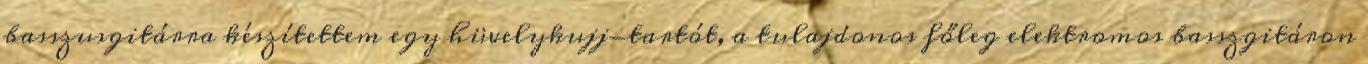
basszusgitárra készítettem egy hüvelykujj-tartót, a tulajdonos főleg elektromos basszgitáron